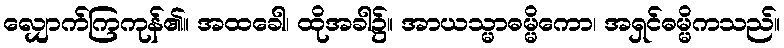
လျှောက်ကြကုန်၏။ အထခေါ၊ ထိုအခါ၌။ အာယသ္မာဓမ္မိကော၊ အရှင်ဓမ္မိကသည်။